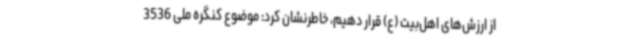
از ارزش‌های اهل‌بیت (ع) قرار دهیم، خاطرنشان کرد: موضوع کنگره ملی 3536